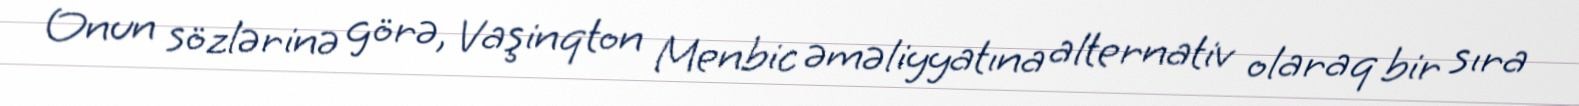
Onun sözlərinə görə, Vaşinqton Menbic əməliyyatına alternativ olaraq bir sıra